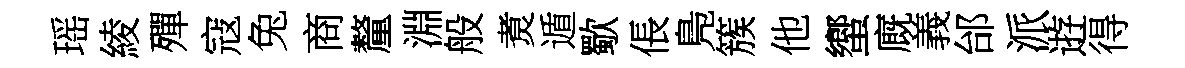
瑶綾殫寇兔商釐淵般煑遁歜倀鳬簇他蠁廐義邰派逰得